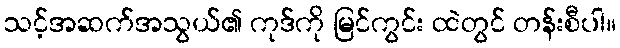
သင့်အဆက်အသွယ်၏ ကုဒ်ကို မြင်ကွင်း ထဲတွင် တန်းစီပါ။